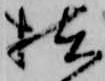
拙